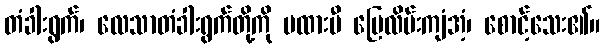
တံခါးရွက်၊ လေသာတံခါးရွက်တို့ကို မထားမီ မြေလိမ်းကျံအံ့၊ စောင့်သေး၏။